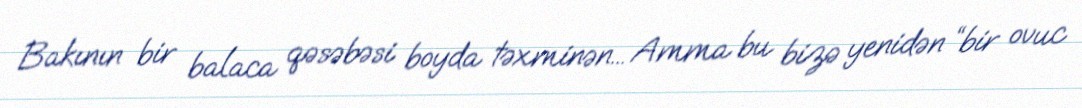
Bakının bir balaca qəsəbəsi boyda təxminən... Amma bu bizə yenidən “bir ovuc